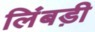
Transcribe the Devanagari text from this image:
लिंबड़ी